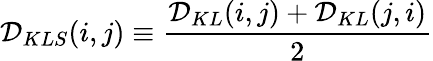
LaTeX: \mathcal{D}_{KLS}(i,j)\equiv\frac{\mathcal{D}_{KL}(i,j)+\mathcal{D}_{KL}(j,i)}{2}